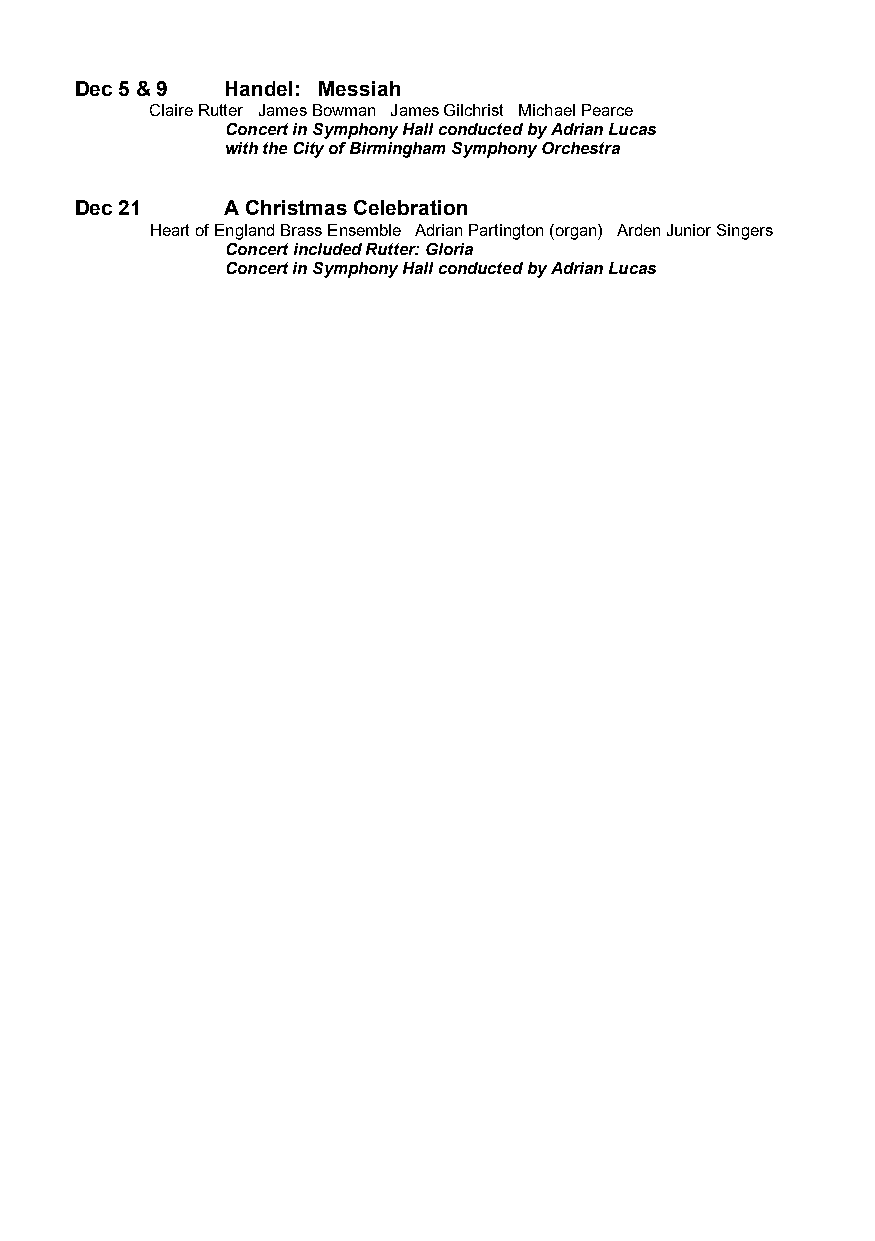
Dec 5 & 9 Handel: Messiah
 Claire Rutter James Bowman James Gilchrist Michael Pearce
 Concert in Symphony Hall conducted by Adrian Lucas
 with the City of Birmingham Symphony Orchestra
 Dec 21    A Christmas Celebration
 Heart of England Brass Ensemble Adrian Partington (organ) Arden Junior Singers
 Concert included Rutter: Gloria
 Concert in Symphony Hall conducted by Adrian Lucas